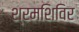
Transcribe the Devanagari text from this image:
श्रमशिविर